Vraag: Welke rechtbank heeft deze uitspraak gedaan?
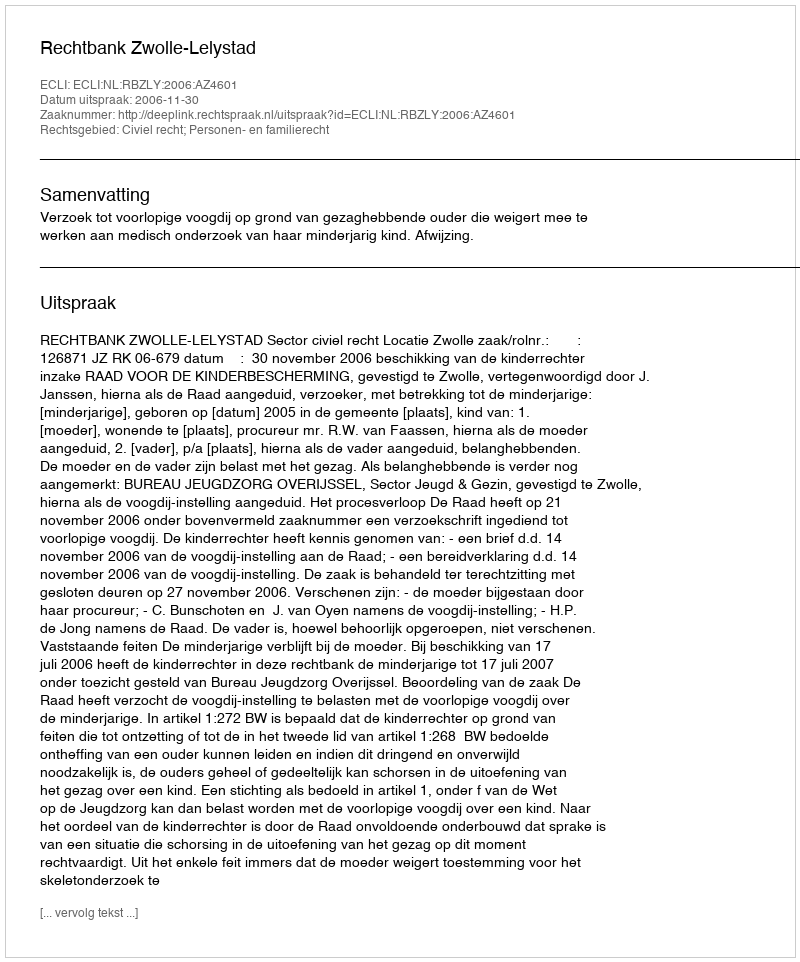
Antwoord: Rechtbank Zwolle-Lelystad